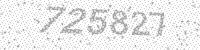
Solution: 725827